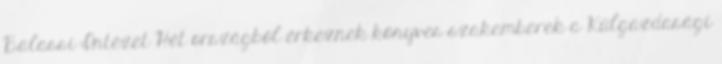
Balassi Intézet Hét országból érkeznek könyves szakemberek a Külgazdasági